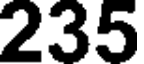
235